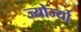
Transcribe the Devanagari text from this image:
ज्योर्ज्यो